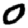
Digit: 0